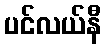
ပင်လယ်နီ